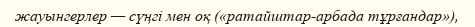
жауынгерлер — сүңгі мен оқ («ратайштар-арбада тұрғандар»),